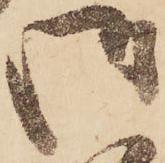
御